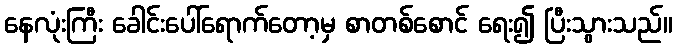
နေလုံးကြီး ခေါင်းပေါ်ရောက်တော့မှ စာတစ်စောင် ရေး၍ ပြီးသွားသည်။